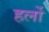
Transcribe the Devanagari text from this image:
हर्लो